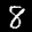
Label: 8